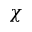
\chi